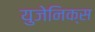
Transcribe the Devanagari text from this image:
युजेनिक्स